Calcutta medical institutions reports 1892-1900
Year: 1892
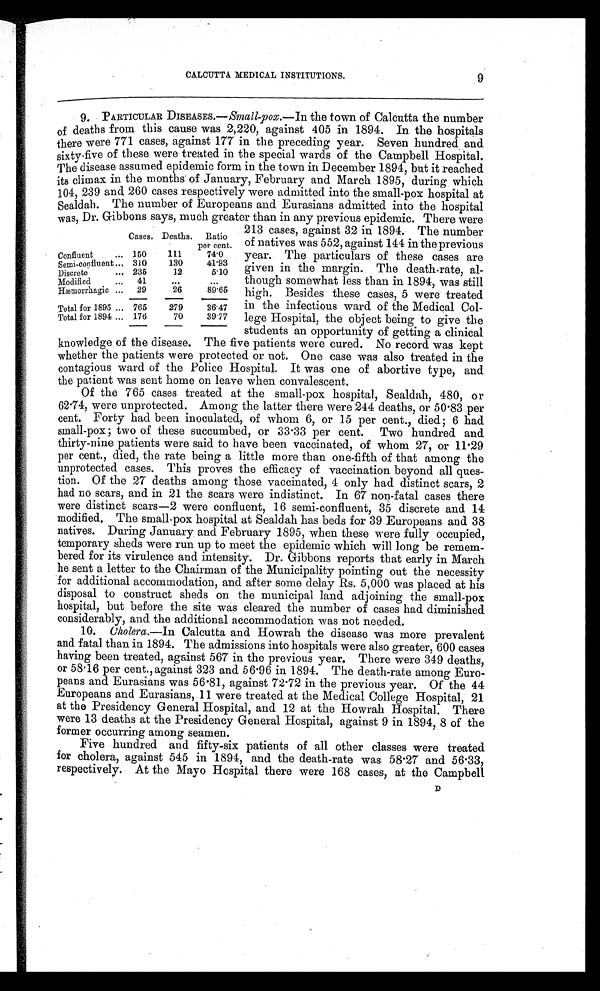
CALCUTTA MEDICAL INSTITUTIONS.
9
9. PARTICULAR DISEASES.—Small-pox.—In the town of Calcutta the number
of deaths from this cause was 2,220, against 405 in 1894. In the hospitals
there were 771 cases, against 177 in the preceding year. Seven hundred and
sixty-five of these were treated in the special wards of the Campbell Hospital.
The disease assumed epidemic form in the town in December 1894, but it reached
its climax in the months of January, February and March 1895, during which
104, 239 and 260 cases respectively were admitted into the small-pox hospital at
Sealdah. The number of Europeans and Eurasians admitted into the hospital
was, Dr. Gibbons says, much greater than in any previous epidemic. There were
Cases. Deaths.
Ratio
per cent.
Confluent
. . . 150
111
74.0
Semi-confluent .., 310
130
41.93
Discrete
... 235
12
5.10
Modified
...
4 1
. . .
...
Hæmorrhagic ...
29
26
89.65
Total for 1895 ... 765
279
3 6 . 4 7
Total for 1894 ... 176
70
39.77
213 cases, against 32 in 1894. The number
of natives was 552, against 144 in the previous
year. The particulars of these cases are
given in the margin. The death-rate, al-
though somewhat less than in 1894, was still
high. Besides these cases, 5 were treated
in the infectious ward of the Medical Col-
lege Hospital, the object being to give the
students an opportunity of getting a clinical
knowledge of the disease. The five patients were cured. No record was kept
whether the patients were protected or not. One case was also treated in the
contagious ward of the Police Hospital. It was one of abortive type, and
the patient was sent home on leave when convalescent.
Of the 765 cases treated at the small-pox hospital, Sealdah, 480, or
62.74, were unprotected. Among the latter there were 244 deaths, or 50.83 per
cent. Forty had been inoculated, of whom 6, or 15 per cent., died ; 6 had
small-pox ; two of these succumbed, or 33.33 per cent. Two hundred and
thirty-nine patients were said to have been vaccinated, of whom 27, or 11.29
per cent., died, the rate being a little more than one-fifth of that among the
unprotected cases. This proves the efficacy of vaccination beyond all ques-
tion. Of the 27 deaths among those vaccinated, 4 only had distinct scars, 2
had no scars, and in 21 the scars were indistinct. In 67 non-fatal cases there
were distinct scars—2 were confluent, 16 semi-confluent, 35 discrete and 14
modified. The small-pox hospital at Sealdah has beds for 39 Europeans and 38
natives. During January and February 1895, when these were fully occupied,
temporary sheds were run up to meet the epidemic which will long be remem-
bered for its virulence and intensity. Dr. Gibbons reports that early in March
he sent a letter to the Chairman of the Municipality pointing out the necessity
for additional accommodation, and after some delay Rs. 5,000 was placed at his
disposal to construct sheds on the municipal land adjoining the small-pox
hospital, but before the site was cleared the number of cases had diminished.
considerably, and the additional accommodation was not needed.
10. Cholera.—In Calcutta and Howrah the disease was more prevalent
and fatal than in 1894. The admissions into hospitals were also greater, 600 cases
having been treated, against 567 in the previous year. There were 349 deaths,
or 58.16 per cent., against 323 and 56.96 in 1894. The death-rate among Euro-
peans and Eurasians was 56.81, against 72.72 in the previous year. Of the 44
Europeans and Eurasians, 11 were treated at the Medical College Hospital, 21
at the Presidency General Hospital, and 12 at the Howrah Hospital. There
were 13 deaths at the Presidency General Hospital, against 9 in 1894, 8 of the
former occurring among seamen.
Five hundred and fifty-six patients of all other classes were treated
for cholera, against 545 in 1894, and the death-rate was 58.27 and 56.33,
respectively. At the Mayo Hospital there were 168 cases, at the Campbell
D